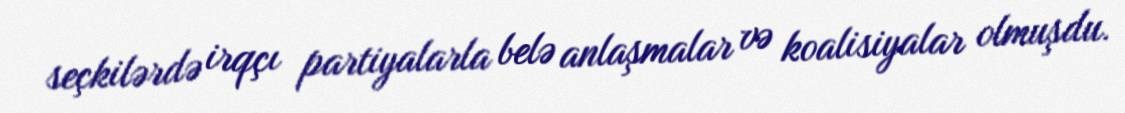
seçkilərdə irqçı partiyalarla belə anlaşmalar və koalisiyalar olmuşdu.